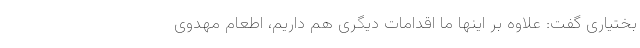
بختیاری گفت: علاوه بر اینها ما اقدامات دیگری هم داریم، اطعام مهدوی